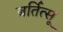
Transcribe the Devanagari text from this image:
बर्तित्सू